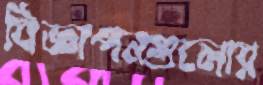
বিজ্ঞাপনগুলোর